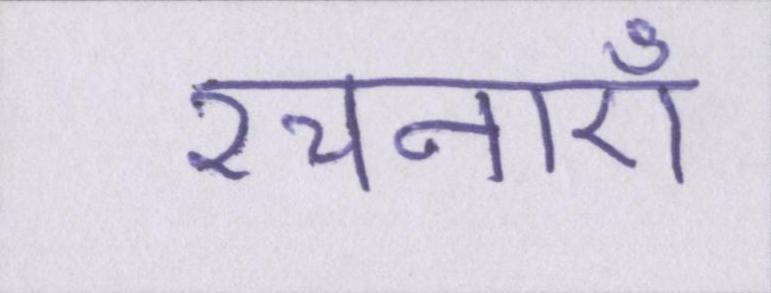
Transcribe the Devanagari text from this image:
रचनाएँ